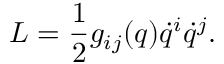
L = \frac { 1 } { 2 } g _ { i j } ( q ) \dot { q } ^ { i } \dot { q } ^ { j } .